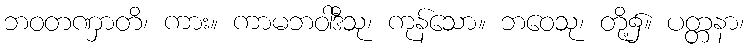
ဘဝတဏှာတိ၊ ကား။ ကာမဘဝါဒီသု၊ ကုန်သော။ ဘဝေသု၊ တို့၌။ ပတ္တနာ၊